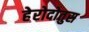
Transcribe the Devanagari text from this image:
हेरोदोतुस